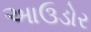
આઉડોર